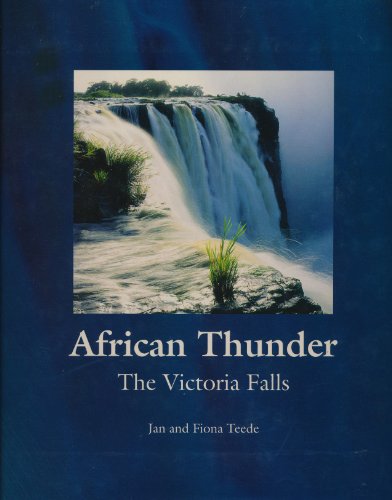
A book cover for African thunder: The Victoria Falls; Jan Teede; Travel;